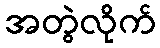
အတွဲလိုက်